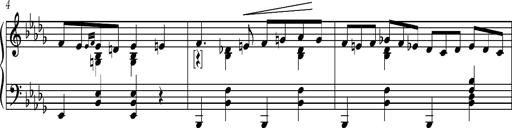
Title: 8 Album Leaves
Composer: Franz Liszt